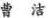
曹洁